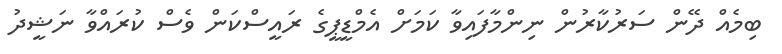
ބިމެއް ދޭން ސަރުކާރުން ނިންމާފައިވާ ކަމަށް އެމްޑީޕީގެ ރައީސްކަން ވެސް ކުރައްވާ ނަޝީދު